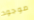
موجود